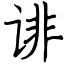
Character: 诽